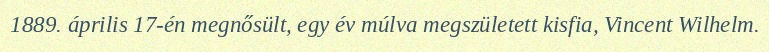
1889. április 17-én megnősült, egy év múlva megszületett kisfia, Vincent Wilhelm.